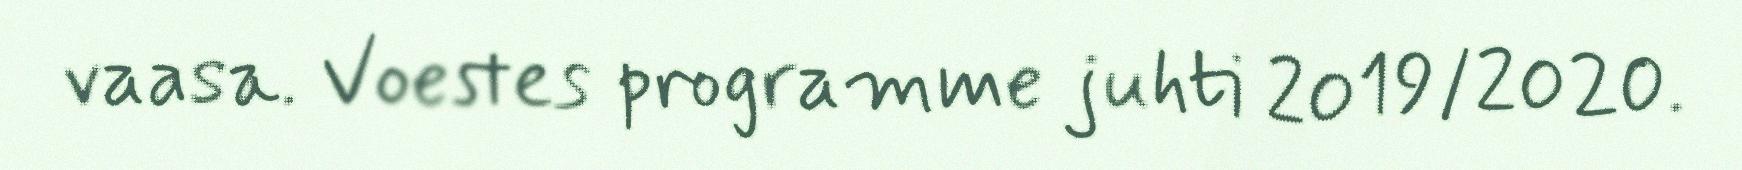
vaasa. Voestes programme juhti 2019/2020.